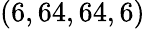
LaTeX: (6,64,64,6)